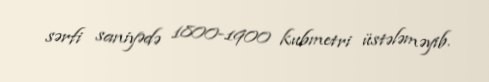
sərfi saniyədə 1800-1900 kubmetri üstələməyib.